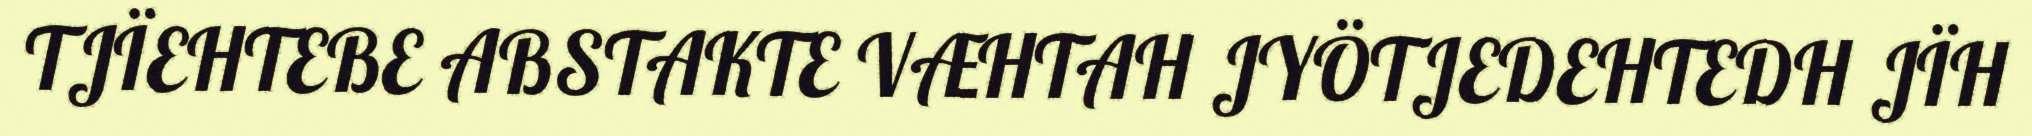
TJÏEHTEBE ABSTAKTE VÆHTAH JYÖTJEDEHTEDH JÏH